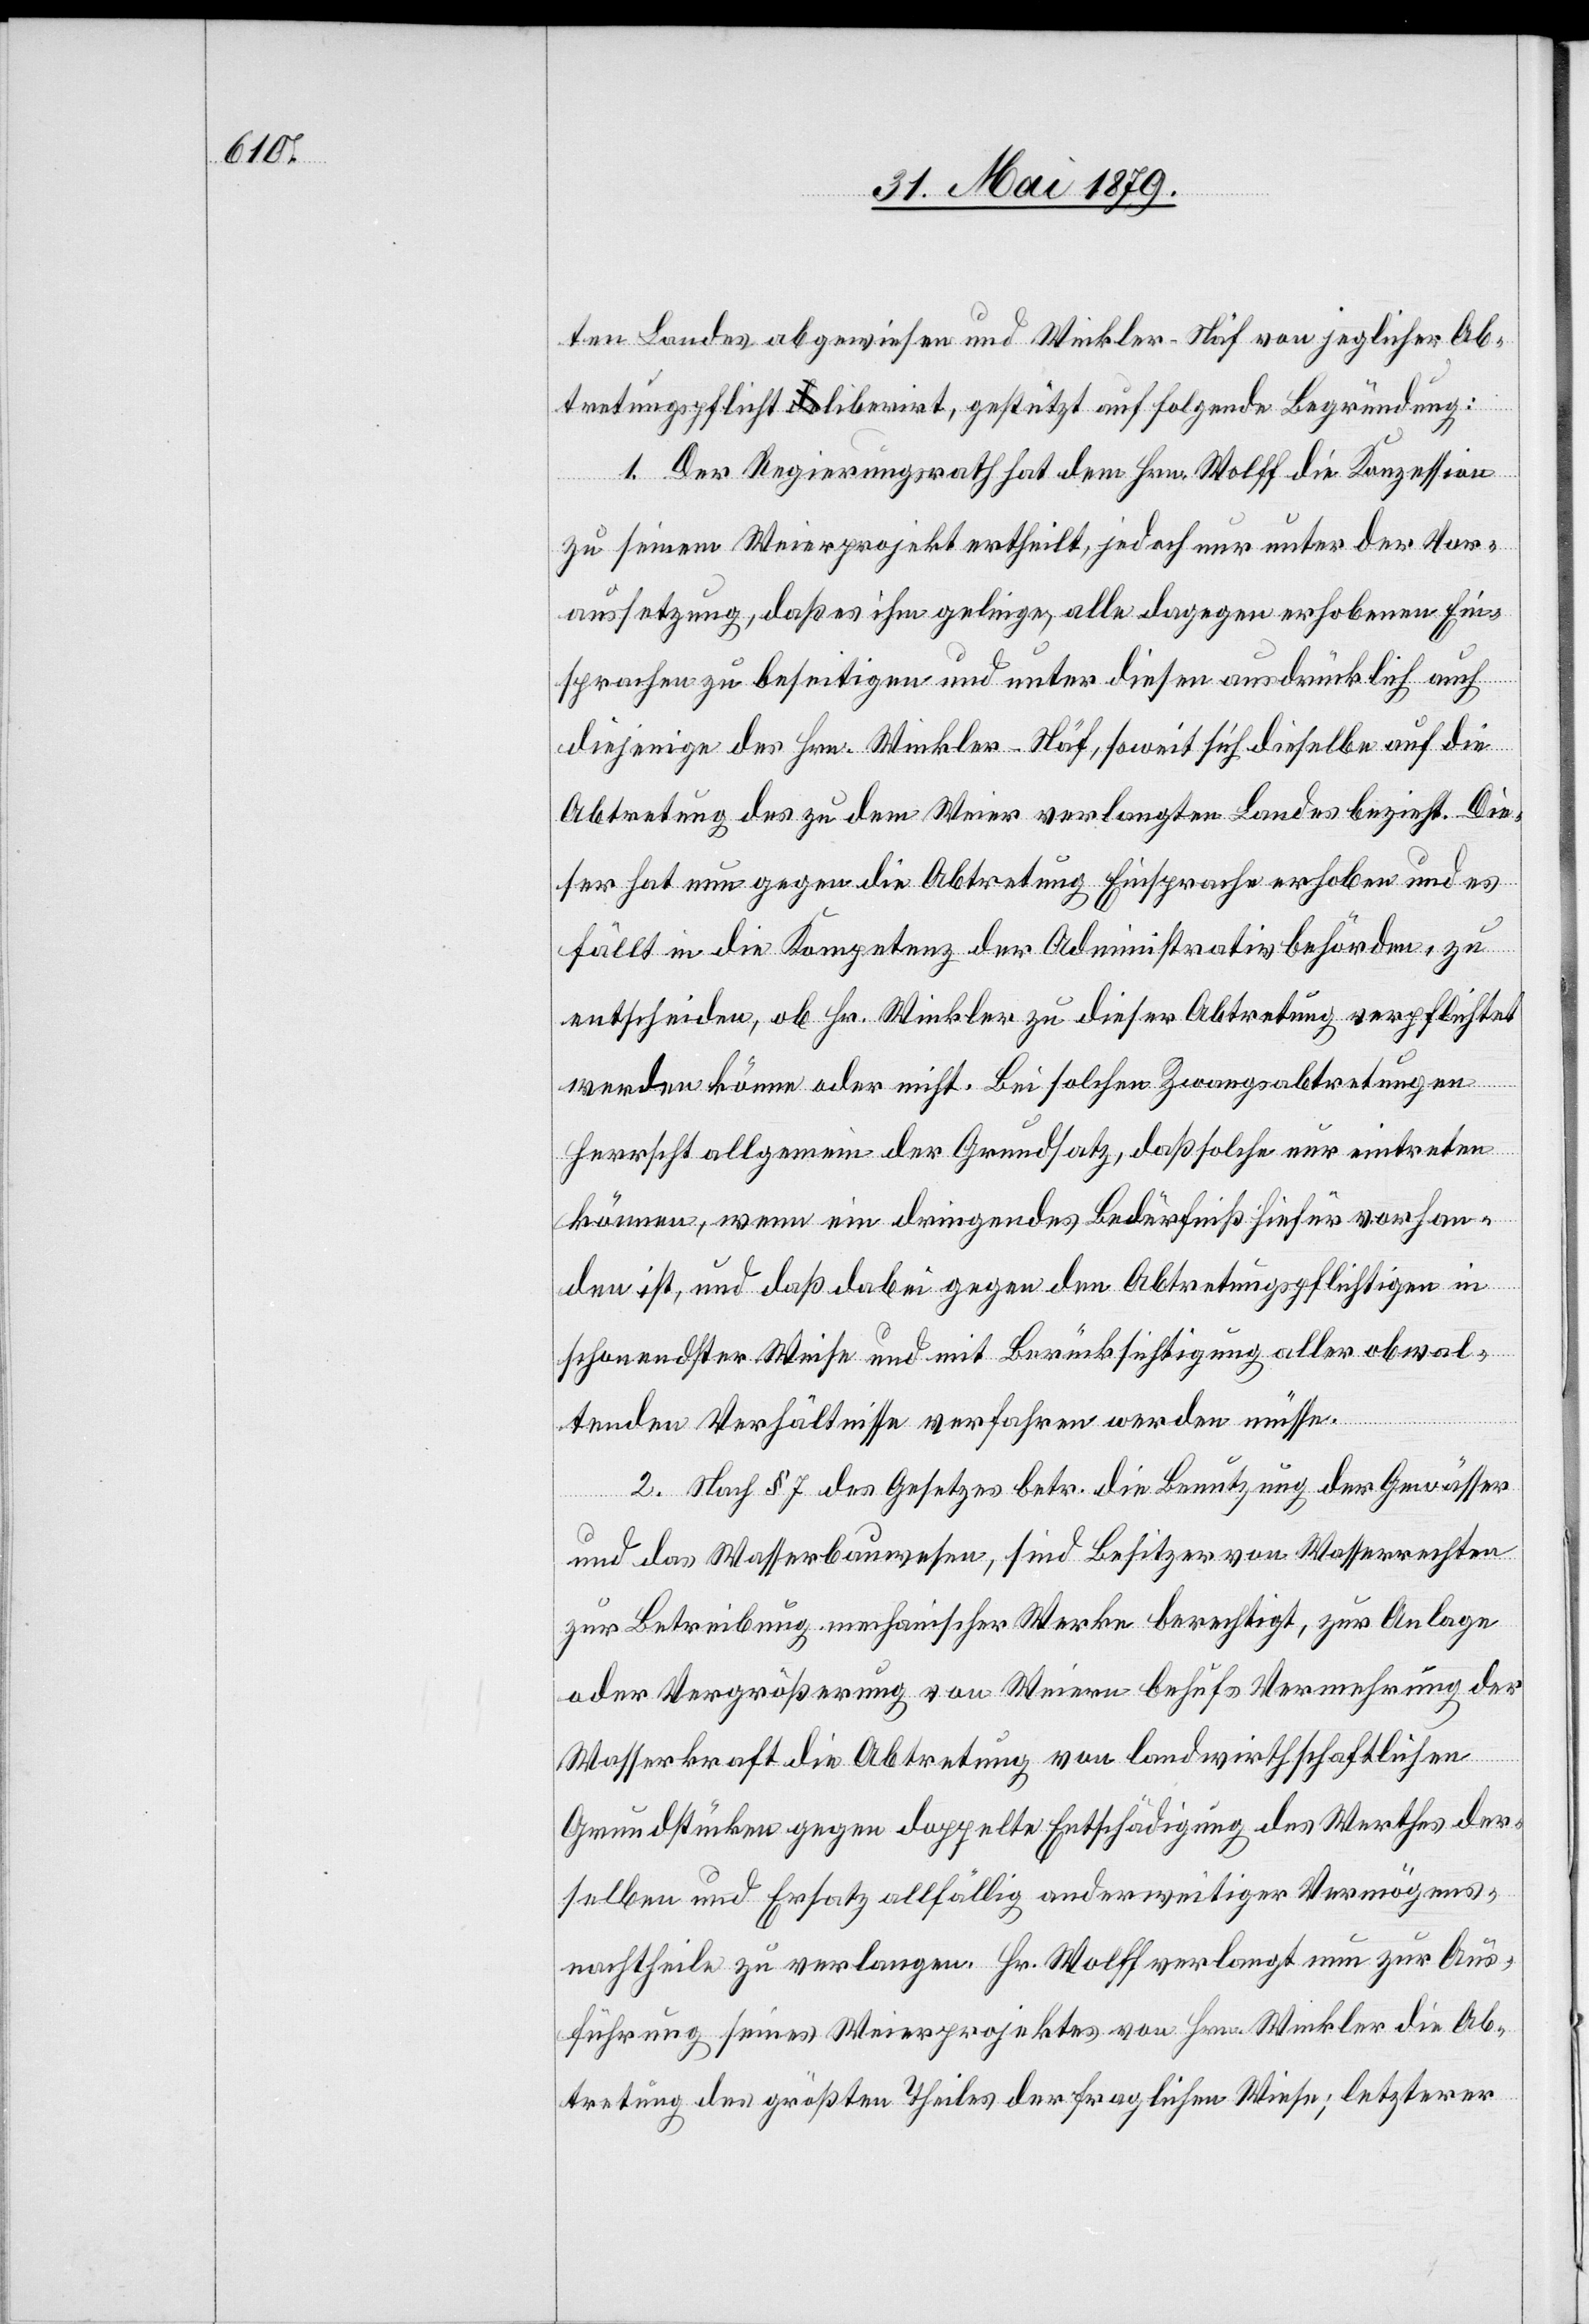
ten Landes abgewiesen und Winkler-Näf von jeglicher Ab¬
tretungspflicht liberirt, gestützt auf folgende Begründung:
1. Der Regierungsrath hat dem Hrn. Wolff die Konzession
zu seinem Weierprojekt ertheilt, jedoch nur unter der Vor¬
aussetzung, daß es ihm gelinge, alle dagegen erhobenen Ein¬
sprachen zu beseitigen und unter diesen ausdrücklich auch
diejenige des Hrn. Winkler-Näf, soweit sich dieselbe auf die
Abtretung des zu dem Weier verlangten Landes bezieht. Die¬
ser hat nun gegen die Abtretung Einsprache erhoben und es
fällt in die Kompetenz der Administrativbehörden, zu
entscheiden, ob Hr. Winkler zu dieser Abtretung verpflichtet
werden könne oder nicht. Bei solchen Zwangsabtretungen
herrscht allgemein der Grundsatz, daß solche nur eintreten
können, wenn ein dringendes Bedürfniß hiefür vorhan¬
den ist, und daß dabei gegen den Abtretungspflichtigen in
schonendster Weise und mit Berücksichtigung aller obwal¬
tenden Verhältnisse verfahren werden müsse.
2. Nach § 7 des Gesetzes betr. die Benutzung der Gewässer
und das Wasserbauwesen, sind Besitzer von Wasserrechten
zur Betreibung mechanischer Werke berechtigt, zur Anlage
oder Vergrößerung von Weiern behufs Vermehrung der
Wasserkraft die Abtretung von landwirthschaftlichen
Grundstücken gegen doppelte Entschädigung des Werthes der¬
selben und Ersatz allfällig anderweitiger Vermögens¬
nachtheile zu verlangen. Hr. Wolff verlangt nun zur Aus¬
führung seines Weierprojektes von Hrn. Winkler die Ab¬
tretung des größten Theiles der fraglichen Wiese; letzterer